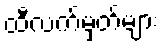
ထီလက်မှတ်များ